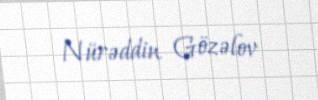
Nürəddin Gözəlov